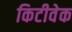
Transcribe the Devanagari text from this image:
किटीवेक